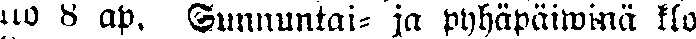
klo 8 ap. Sunnuntai- ja pyhäpäiwinä klo